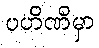
ပဟိဏိမှာ